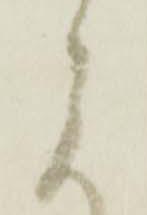
に